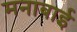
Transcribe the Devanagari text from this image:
मनाबाई